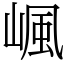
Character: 𡺤